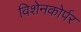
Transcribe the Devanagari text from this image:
विशेनकोर्पर